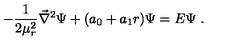
- { \frac { 1 } { 2 \mu _ { r } ^ { 2 } } } { \vec { \nabla } } ^ { 2 } \Psi + ( a _ { 0 } + a _ { 1 } r ) \Psi = E \Psi \ .